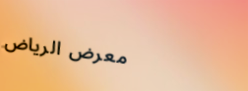
معرض الرياض